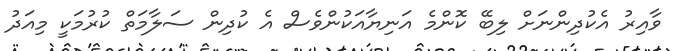
ވާއިރު އެކުދިންނަށް ލިބޭ ކޮންމެ އަނިޔާއަކުންވެސް އެ ކުދިން ސަލާމަތް ކުރުމަކީ މިއަދު